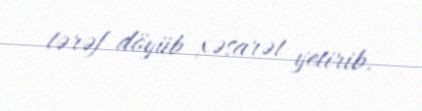
tərəf döyüb xəsarət yetirib.